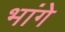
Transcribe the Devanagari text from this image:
भांगे